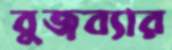
বুজব্যার